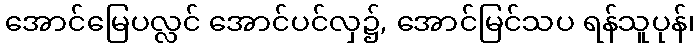
အောင်မြေပလ္လင် အောင်ပင်လှ၌, အောင်မြင်သပ ရန်သူပုန်၊